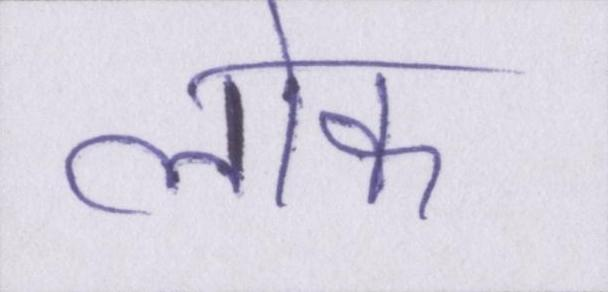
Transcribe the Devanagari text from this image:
लॊक